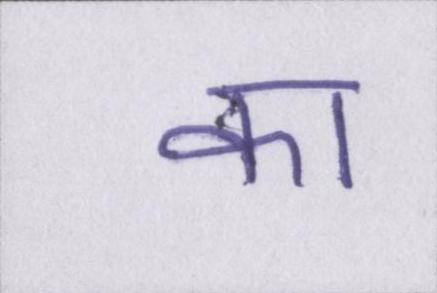
का